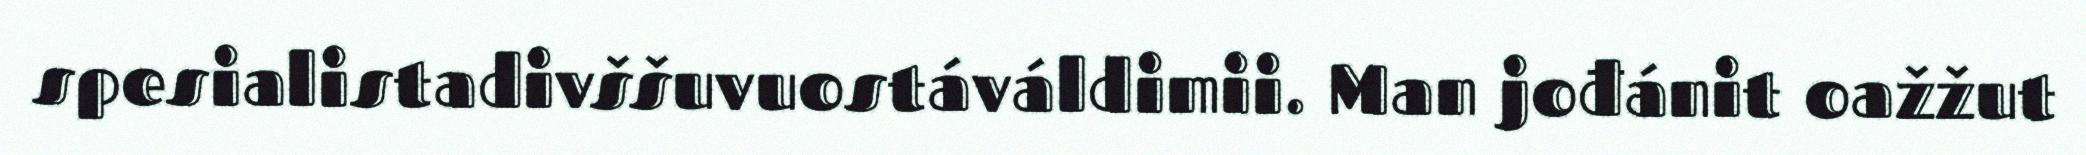
spesialistadivššuvuostáváldimii. Man jođánit oažžut